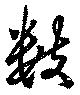
數